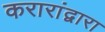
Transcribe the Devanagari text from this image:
करारांद्वारा